Cholera in India, 1862 to 1881
Year: 1862
Disease focus: Cholera
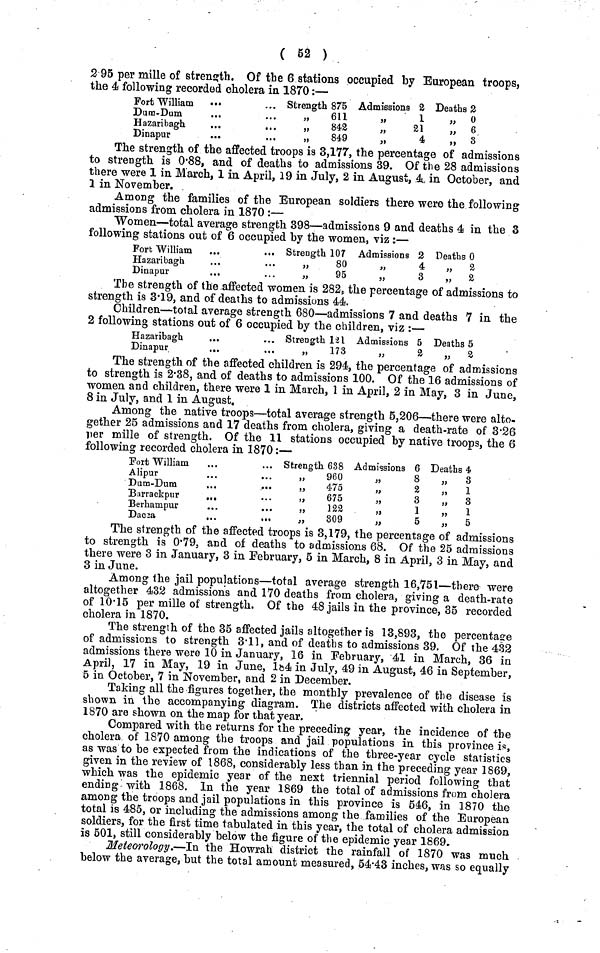
( 52 )
2 95 per mille of strength. Of the 6 stations occupied by European troops,
the 4 following recorded cholera in 1870:—
Fort William
Dum-Dum
...
Hazaribagh
...
...
Dinapur
...
Strength 875
,,
611
,, 842
, 849
Admissions 2
1
21
4
Deaths 2
„ 0
,, 6
,, 3
The strength of the affected troops is 3,177, the percentage of admissions
to strength is 0·88, and of deaths to admissions 39. Of the 28 admissions
there were 1 in March, 1 in April, 19 in July, 2 in August, .4 in October, and
1 in November.
Among the families of the European soldiers there were the following
admissions from cholera in 1870 :—
Women—total average strength 398—admissions 9 and deaths 4 in the 3
following stations out of 6 occupied by the women, viz :—
Fort William
Hazaribagh
Dinapur
Strength 107
80
95
Admissions 2
4
3
Deaths 0
,, 3
,,
2
The strength of the affected women is 282, the percentage of admissions to
strength is 3·19, and of deaths to admissions 44.
Children—total average strength 680—admissions 7 and deaths 7 in the
2 following stations out of 6 occupied by the children, viz :—
Hazaribagh
Dinapur
...
Strength 121
,,
173
Admissions 5
2
Deaths 5
,,
2
The strength of the affected children is 294, the percentage of admissions
to strength is 2·38, and of deaths to admissions 100. Of the 16 admissions of
women and children, there were 1 in March, 1 in April, 2 in May, 3 in June,
8 in July, and 1 in August.
Among the native troops—total average strength 5,206—there were alto-
gather 25 admissions and 17 deaths from cholera, giving a death-rate of 8·26
per mille of strength. Of the 11 stations occupied by native troops, the 6
following recorded cholera in 1870:—
Port William
Alipur
Dum-Dum
..
..
Barrackpur
...
Berhampur
Dac2a
..
..
Strength 638
„
960
„
475
,, 675
,, 122
„
309
Admissions 6
8
2
3
1
5
Deaths 4
,,
3
,, 1
„
3
„
1
,,
5
The strength of the affected troops is 3,179, the percentage of admissions
to strength is 0·79, and of deaths to admissions 68. Of the 25 admissions
there were 3 in January, 3 in February, 5 in March, 8 in April, 3 in May, and
3 in June.
Among the jail populations—total average strength 16,751—there were
altogether 432 admissions and 170 deaths from cholera, giving a death-rate
of 10·15 per mille of strength. Of the 48 jails in the province, 35 recorded
cholera in 1870.
The strength of the 35 affected jails altogether is 13,893, the percentage
of admissions to strength 3·11, and of deaths to admissions 39. Of the 432
admissions there were 10 in January, 16 in February, 41 in March, 36 in
April, 17 in May, 19 in June, 184 in July, 49 in August, 46 in September,
5 in October, 7 in November, and 2 in December.
Taking all the figures together, the monthly prevalence of the disease is
shown in the accompanying diagram. The districts affected with cholera in
1870 are shown on the map for that year.
Compared with the returns for the preceding year, the incidence of the
cholera of 1870 among the troops and jail populations in this province is,
as was to be expected from the indications of the three-year cycle statistics
given in the review of 1868, considerably less than in the preceding year 1869,
which was the epidemic year of the next triennial period following that
ending with 1868. In the year 1869 the total of admissions from cholera
among the troops and jail populations in this province is 546, in 1870 the
total is 485, or including the admissions among the families of the European
soldiers, for the first time tabulated in this year, the total of cholera admission
is 501, still considerably below the figure of the epidemic year 1869.
Meteorology.—In the Howrah district the rainfall of 1870 was much
below the average, but the total amount measured, 54·43 inches, was so equally